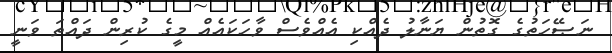
ނަޞޭހަތުގެ ގޮތުން ޔަނާލު ދެއްކި އެއްވެސް ވާހަކައެއް މީގެ ކުރިން ދައްތަ ވަނީ